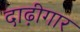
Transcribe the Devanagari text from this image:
दाढ़ीगार